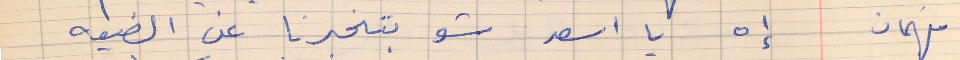
فهمان      إه يا اسعد شو بتخبرنا عن الضيعه